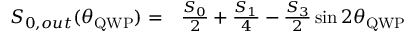
\begin{array} { r l } { S _ { 0 , o u t } ( \theta _ { \mathrm { Q W P } } ) = } & { { } \frac { S _ { 0 } } { 2 } + \frac { S _ { 1 } } { 4 } - \frac { S _ { 3 } } { 2 } \sin { 2 \theta _ { \mathrm { Q W P } } } } \end{array}